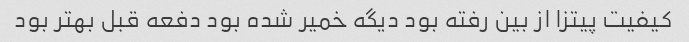
کیفیت پیتزا از بین رفته بود دیگه خمیر شده بود دفعه قبل بهتر بود